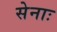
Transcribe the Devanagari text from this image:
सेनाः